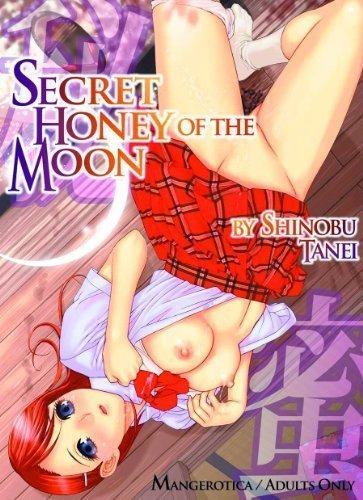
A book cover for Secret Honey of the Moon; Shinobu Tanei; Comics & Graphic Novels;